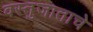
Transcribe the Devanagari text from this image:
वस्तुजाताचे